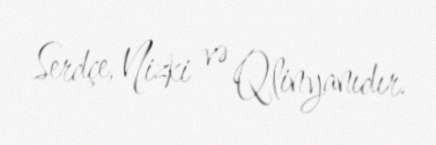
Serdçe, Nizki və Qlinyanıdır.